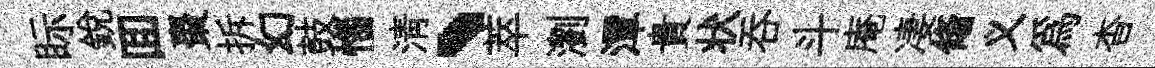
眎銳囬棗拆幻鼓惱清、萃瀏潭貴状吞斗庵凄翛义為杳